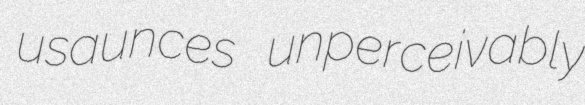
usaunces unperceivably